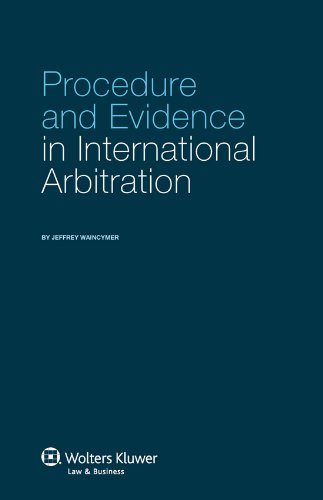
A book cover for Procedure and Evidence in International Arbitration; Jeffrey Waincymer; Law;